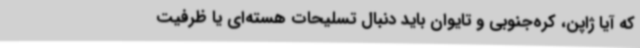
که آیا ژاپن، کره‌جنوبی و تایوان باید دنبال تسلیحات هسته‌ای یا ظرفیت